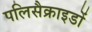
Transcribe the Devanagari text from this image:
पलिसैक्राइडों